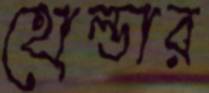
হোল্ডার